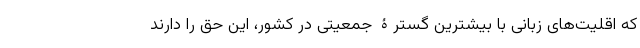
که اقلیت‌های زبانی با بیشترین گسترۀ جمعیتی در کشور، این حق را دارند